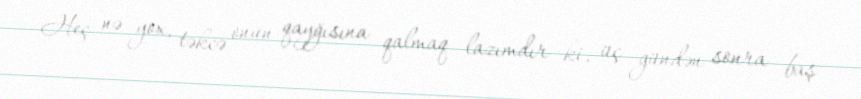
Heç nə yox, təkcə onun qayğısına qalmaq lazımdır ki, üç gündən sonra baş